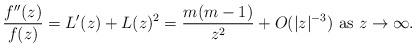
LaTeX: \begin{align*}\frac{f''(z)}{f(z)} = L'(z) + L(z)^2 = \frac{m(m-1)}{z^2} + O( |z|^{-3} ) \hbox{ as $z \to \infty$. } \end{align*}